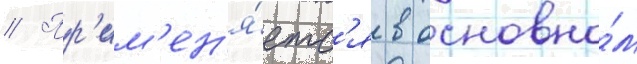
// Пр'им'ен'я́етс'я в основно́м